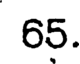
65.